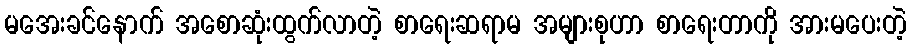
မအေးခင်နောက် အစောဆုံးထွက်လာတဲ့ စာရေးဆရာမ အများစုဟာ စာရေးတာကို အားမပေးတဲ့